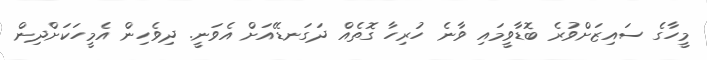
މީހާގެ ސައިޒަށްވުރެ ބޮޑާވީމައި ވާނެ ހުރިހާ ގޮތެއް ދަގަނޑޭއަށް އެވަނީ. ދިވެހިން އެމީހަކަށްދިން